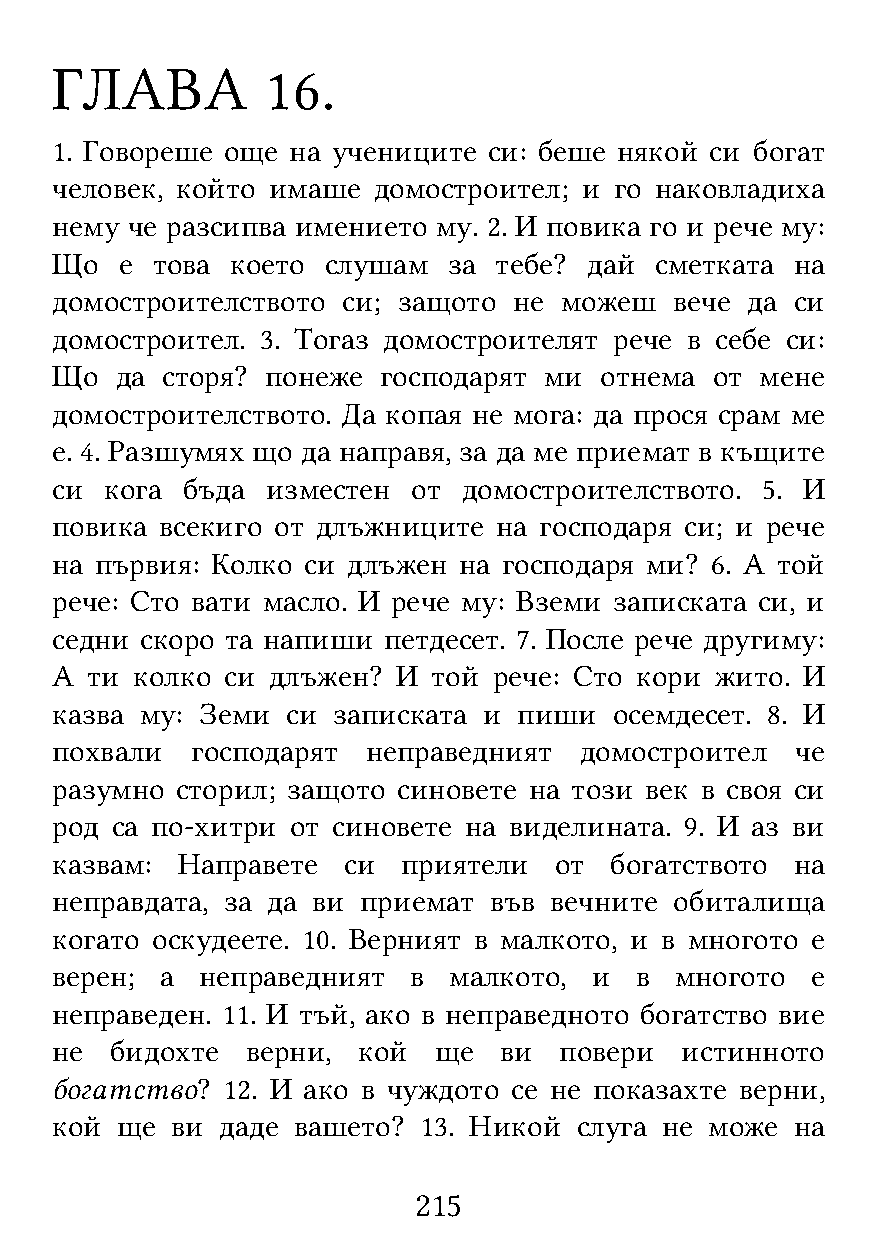
ГЛАВА          16.
 1. Говореше още на учениците си: беше някой си богат
 человек, който имаше  домостроител; и го наковладиха
 нему че разсипва имението му. 2. И повика го и рече му:
 Що   е това което  слушам  за тебе? дай сметката  на
 домостроителството  си; защото не можеш   вече да си
 домостроител. 3. Тогаз домостроителят рече в себе си:
 Що   да сторя? понеже господарят ми  отнема от мене
 домостроителството. Да копая не мога: да прося срам ме
 е. 4. Разшумях що да направя, за да ме приемат в къщите
 си  кога бъда  изместен от  домостроителството. 5. И
 повика  всекиго от длъжниците на господаря си; и рече
 на първия: Колко си длъжен на господаря ми? 6. А той
 рече: Сто вати масло. И рече му: Вземи записката си, и
 седни скоро та напиши петдесет. 7. После рече другиму:
 А  ти колко си длъжен? И  той рече: Сто кори жито. И
 казва му: Земи  си записката и пиши   осемдесет. 8. И
 похвали   господарят неправедният  домостроител   че
 разумно  сторил; защото синовете на този век в своя си
 род са по-хитри от синовете на виделината. 9. И аз ви
 казвам:  Направете  си  приятели  от богатството  на
 неправдата, за да ви приемат във вечните  обиталища
 когато оскудеете. 10. Верният в малкото, и в многото е
 верен;  а неправедният  в  малкото, и  в  многото  е
 неправеден. 11. И тъй, ако в неправедното богатство вие
 не  бидохте  верни,  кой  ще  ви  повери  истинното
 богатство?  12. И ако в чуждото се не показахте верни,
 кой  ще ви  даде вашето? 13. Никой слуга не може  на
 215